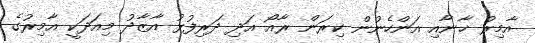
އާމިރު ޚާނާއި އަންހެނުން ކިރަން ރާއޯ އަދި ދަރިފުޅު އާޒާދު މިއަދަކީ އާމިރުގެ